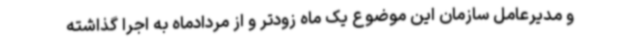
و مدیرعامل سازمان این موضوع یک ماه زودتر و از مردادماه به اجرا گذاشته